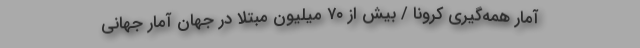
آمار همه‌گیری کرونا / بیش از ۷۰ میلیون مبتلا در جهان آمار جهانیِ